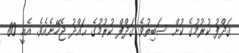
ޤަޛްފު ކުރުމުގެ ކުށް ސަބިތުވެ ޤަޛްފް ކުރުމުގެ ޙައްދު ޖެހޭނެއެވެ. އެއީ 80